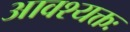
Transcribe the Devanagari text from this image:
आवश्यक्तः